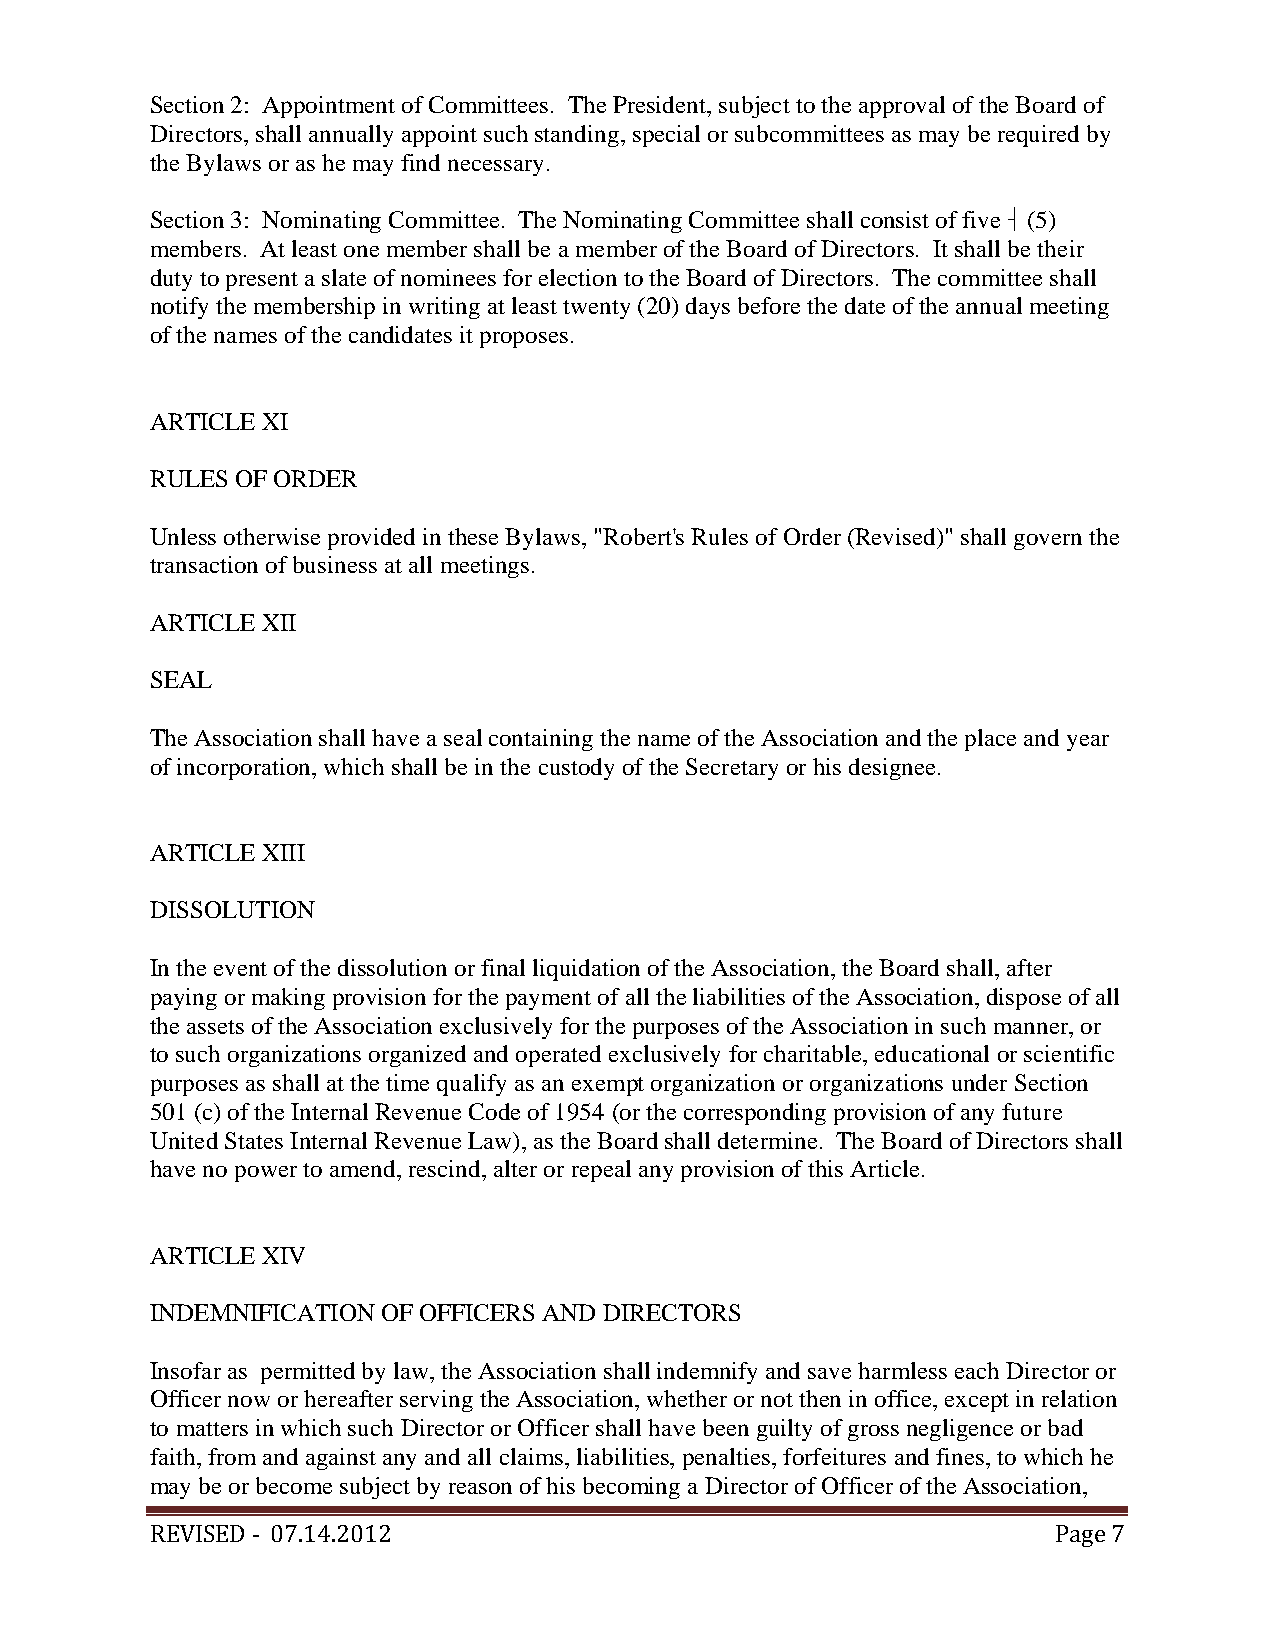
Section 2: Appointment of Committees. The President, subject to the approval of the Board of
 Directors, shall annually appoint such standing, special or subcommittees as may be required by
 the Bylaws or as he may find necessary.
 Section 3: Nominating Committee. The Nominating Committee shall consist of five  (5)
 members. At least one member shall be a member of the Board of Directors. It shall be their
 duty to present a slate of nominees for election to the Board of Directors. The committee shall
 notify the membership in writing at least twenty (20) days before the date of the annual meeting
 of the names of the candidates it proposes.
 ARTICLE XI
 RULES OF ORDER
 Unless otherwise provided in these Bylaws, "Robert's Rules of Order (Revised)" shall govern the
 transaction of business at all meetings.
 ARTICLE XII
 SEAL
 The Association shall have a seal containing the name of the Association and the place and year
 of incorporation, which shall be in the custody of the Secretary or his designee.
 ARTICLE XIII
 DISSOLUTION
 In the event of the dissolution or final liquidation of the Association, the Board shall, after
 paying or making provision for the payment of all the liabilities of the Association, dispose of all
 the assets of the Association exclusively for the purposes of the Association in such manner, or
 to such organizations organized and operated exclusively for charitable, educational or scientific
 purposes as shall at the time qualify as an exempt organization or organizations under Section
 501 (c) of the Internal Revenue Code of 1954 (or the corresponding provision of any future
 United States Internal Revenue Law), as the Board shall determine. The Board of Directors shall
 have no power to amend, rescind, alter or repeal any provision of this Article.
 ARTICLE XIV
 INDEMNIFICATION OF OFFICERS AND DIRECTORS
 Insofar as permitted by law, the Association shall indemnify and save harmless each Director or
 Officer now or hereafter serving the Association, whether or not then in office, except in relation
 to matters in which such Director or Officer shall have been guilty of gross negligence or bad
 faith, from and against any and all claims, liabilities, penalties, forfeitures and fines, to which he
 may be or become subject by reason of his becoming a Director of Officer of the Association,
 REVISED ‐ 07.14.2012                                        Page 7